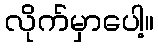
လိုက်မှာပေါ့။